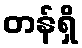
တန်ရှိ